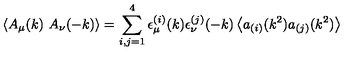
\left< A _ { \mu } ( k ) \ A _ { \nu } ( - k ) \right> = \sum _ { i , j = 1 } ^ { 4 } \epsilon _ { \mu } ^ { ( i ) } ( k ) \epsilon _ { \nu } ^ { ( j ) } ( - k ) \left< a _ { ( i ) } ( k ^ { 2 } ) a _ { ( j ) } ( k ^ { 2 } ) \right>